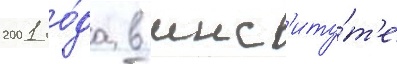
2001 го́да в инст'иту́т'е